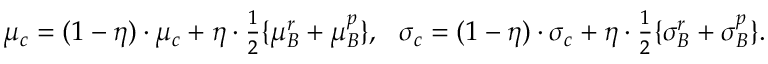
\begin{array} { r } { \mu _ { c } = ( 1 - \eta ) \cdot \mu _ { c } + \eta \cdot \frac { 1 } { 2 } \{ \mu _ { B } ^ { r } + \mu _ { B } ^ { p } \} , ~ ~ \sigma _ { c } = ( 1 - \eta ) \cdot \sigma _ { c } + \eta \cdot \frac { 1 } { 2 } \{ \sigma _ { B } ^ { r } + \sigma _ { B } ^ { p } \} . } \end{array}